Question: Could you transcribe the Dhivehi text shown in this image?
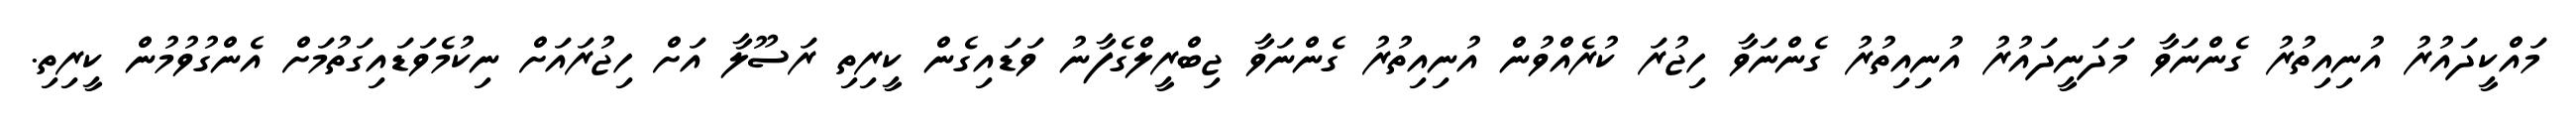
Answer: މައްކީދައުރު އުނިއިތުރު ގެންނަވާ މަދަނީދައުރު އުނިއިތުރު ގެންނަވާ ހިޖުރަ ކުރެއްވުން އުނިއިތުރު ގެންނަވާ ޖިބްރީލްގެފާނު ވަޑައިގެން ކީރިތި ރަސޫލާ އަށް ހިޖުރައަށް ނިކުމެވަޑައިގަތުމަށް އެންގުވުމުން ކީރިތި.